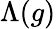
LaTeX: \Lambda(g)